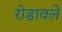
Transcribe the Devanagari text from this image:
रोडावले